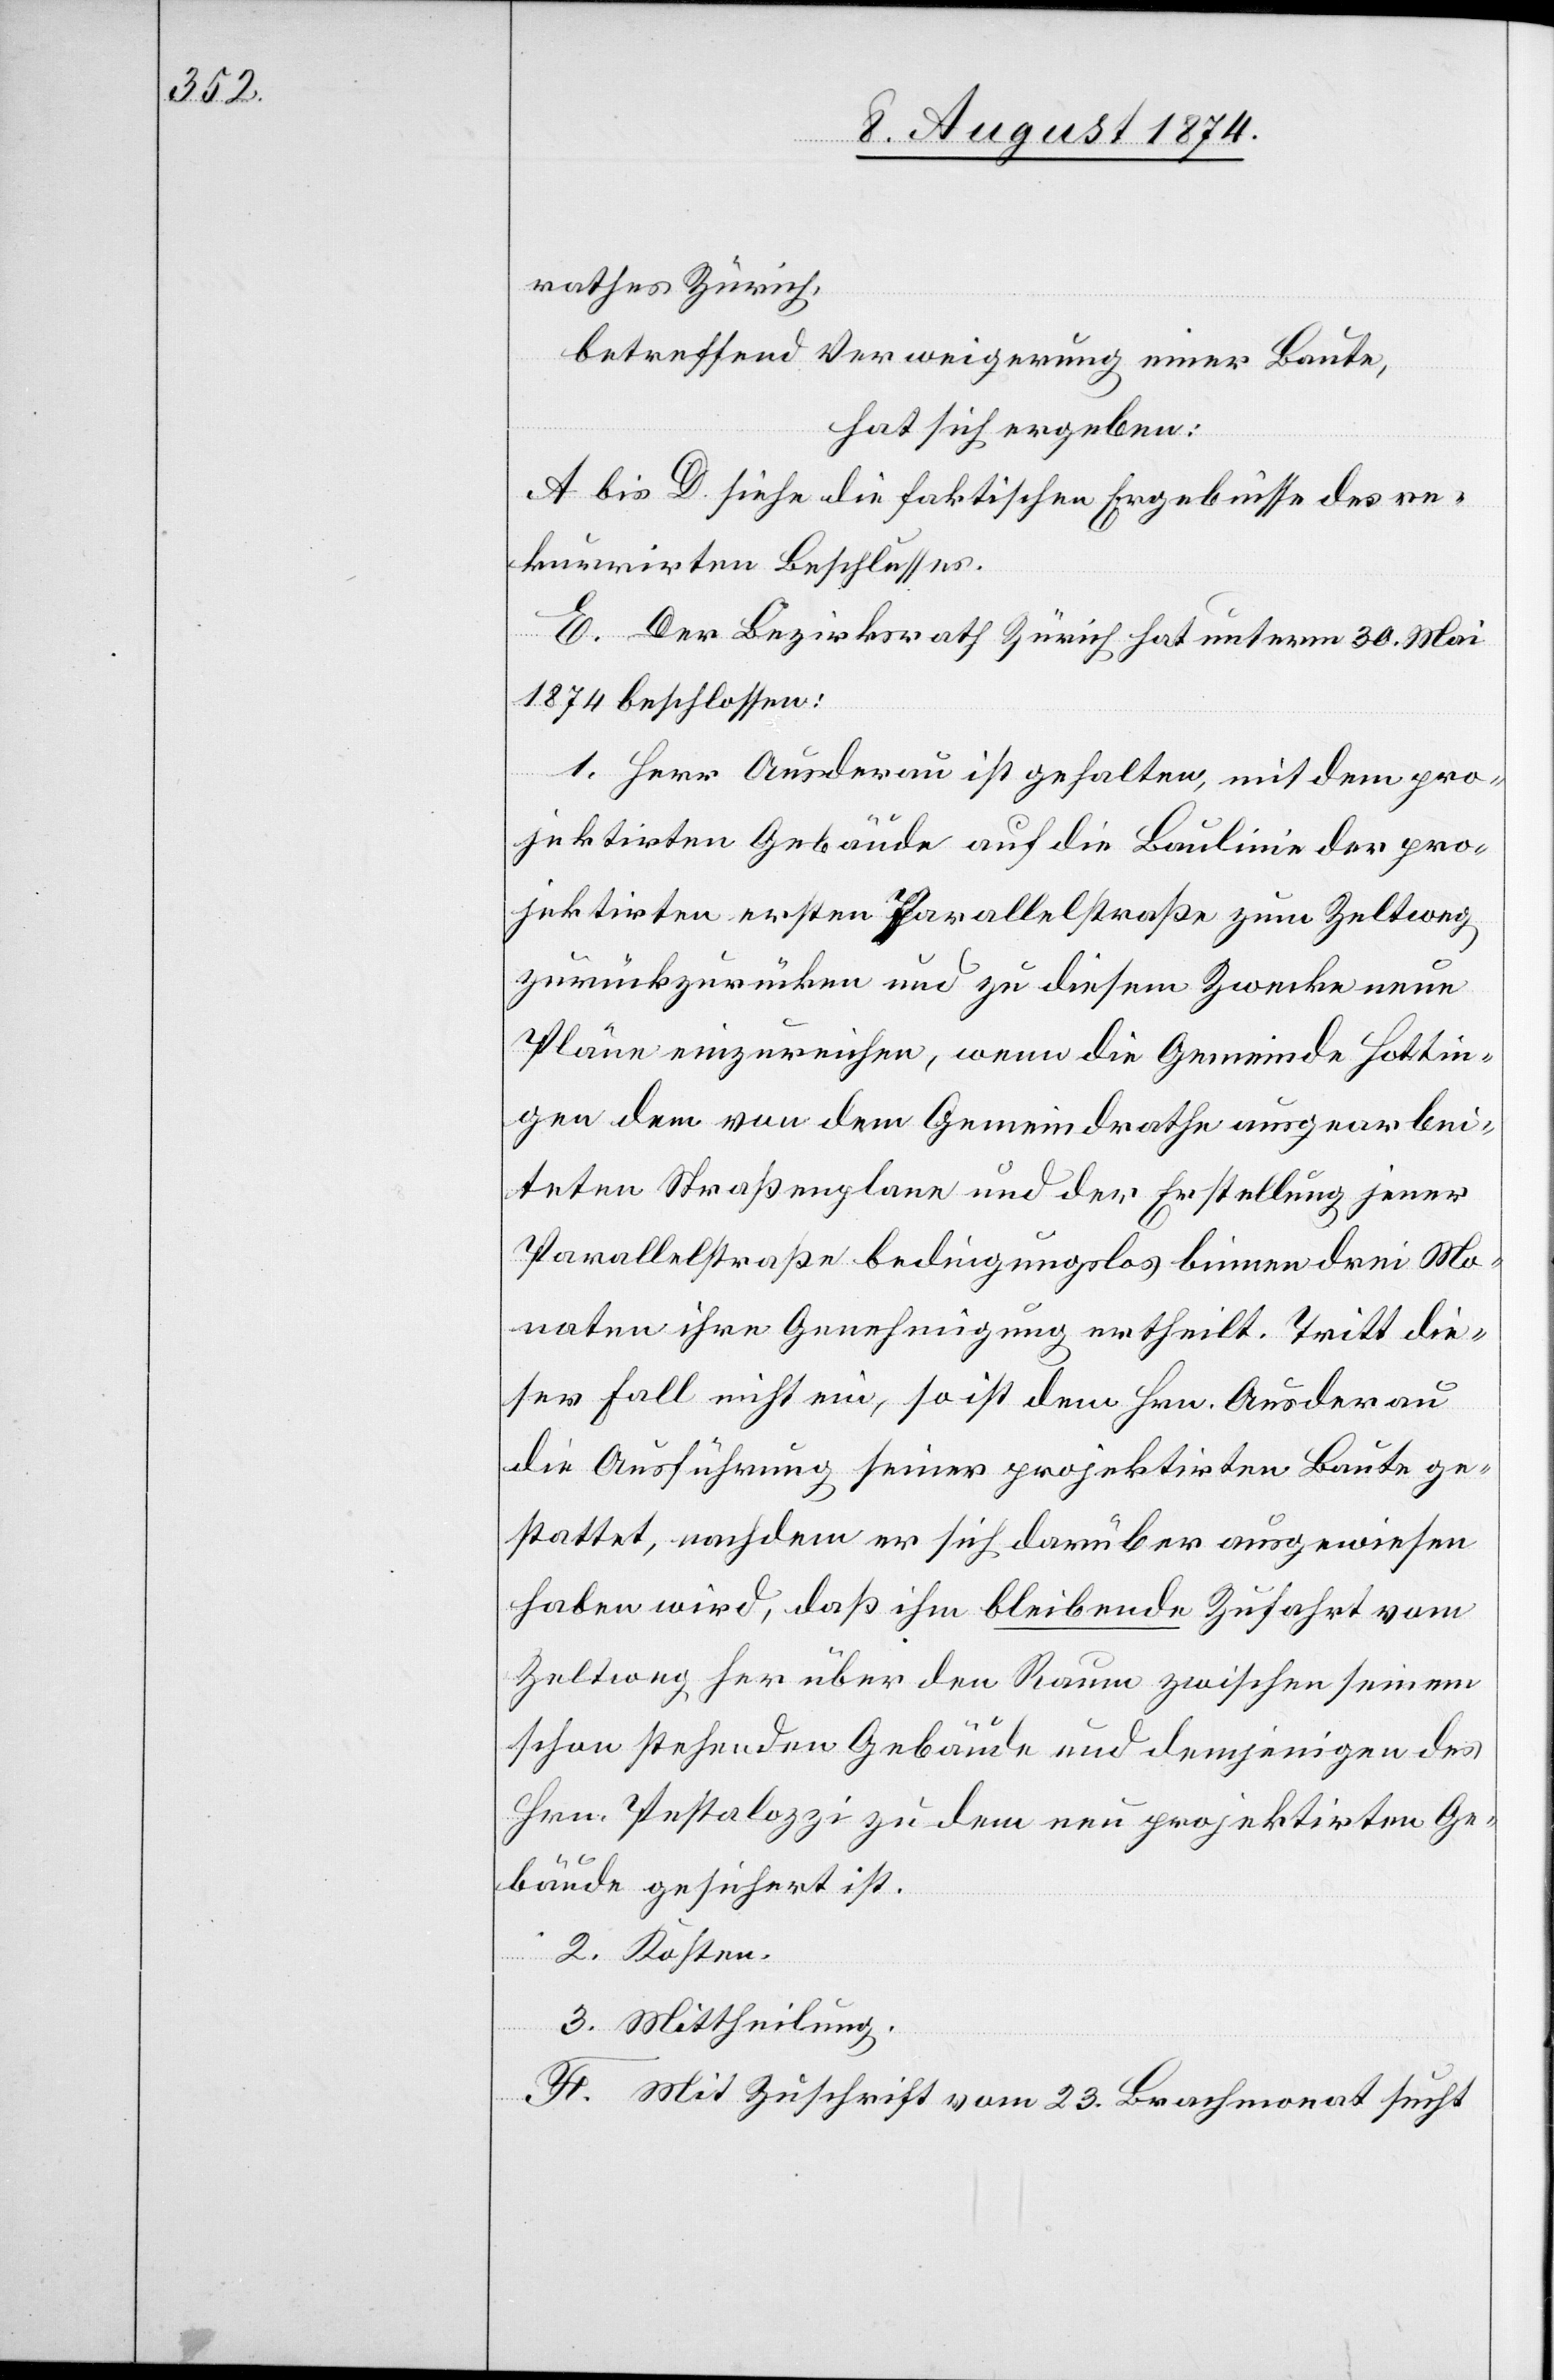
rathes Zürich,
betreffend Verweigerung einer Baute,
hat sich ergeben:
A. bis D. siehe die faktischen Ergebnisse des re¬
kurrirten Beschlusses.
E. Der Bezirksrath Zürich hat unterm 30. Mai
1874 beschlossen.
1. Herr Ausderau ist gehalten, mit dem pro¬
jektirten Gebäude auf die Baulinie der pro¬
jektirten ersten Parallelstraße zum Zeltweg
zurückzurücken und zu diesem Zwecke neue
Pläne einzureichen, wenn die Gemeinde Hottin¬
gen dem von dem Gemeindrathe ausgearbei¬
teten Straßenplane und der Erstellung jener
Parallelstraße bedingungslos binnen drei Mo¬
naten ihre Genehmigung ertheilt. Tritt die¬
ser Fall nicht ein, so ist dem Hrn. Ausderau
die Ausführung seiner projektirten Baute ge¬
stattet, nachdem er sich darüber ausgewiesen
haben wird, daß ihm bleibende Zufahrt vom
Zeltweg her über den Raum zwischen seinem
schon stehenden Gebäude und demjenigen des
Hrn. Pestalozzi zu dem neu projektirten Ge¬
bäude gesichert ist.
2. Kosten.
3. Mittheilung.
F. Mit Zuschrift vom 23. Brachmonat sucht